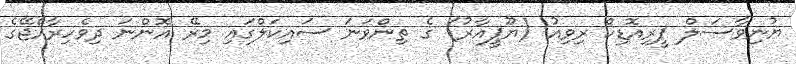
ޔުނިވާސަލް ޕީރިއޮޑިކް ރިވިއު (ޔޫޕީއާރު) ގެ ތިންވަނަ ސައިކަލްގައި މިރޭ އޮންނަ ދިވެހިރާއްޖޭގެ